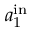
a _ { 1 } ^ { \mathrm { i n } }